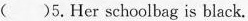
()5.Her schoolbag is black.